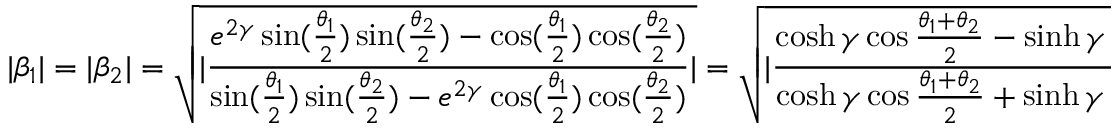
| \beta _ { 1 } | = | \beta _ { 2 } | = \sqrt { | \frac { e ^ { 2 \gamma } \sin ( \frac { \theta _ { 1 } } { 2 } ) \sin ( \frac { \theta _ { 2 } } { 2 } ) - \cos ( \frac { \theta _ { 1 } } { 2 } ) \cos ( \frac { \theta _ { 2 } } { 2 } ) } { \sin ( \frac { \theta _ { 1 } } { 2 } ) \sin ( \frac { \theta _ { 2 } } { 2 } ) - e ^ { 2 \gamma } \cos ( \frac { \theta _ { 1 } } { 2 } ) \cos ( \frac { \theta _ { 2 } } { 2 } ) } | } = \sqrt { | \frac { \cosh \gamma \cos \frac { \theta _ { 1 } + \theta _ { 2 } } { 2 } - \sinh \gamma \cos \frac { \theta _ { 2 } - \theta _ { 1 } } { 2 } } { \cosh \gamma \cos \frac { \theta _ { 1 } + \theta _ { 2 } } { 2 } + \sinh \gamma \cos \frac { \theta _ { 2 } - \theta _ { 1 } } { 2 } } | } .